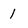
Character: 1